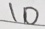
1 0